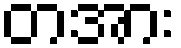
တအား